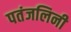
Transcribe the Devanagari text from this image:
पतंजलिनी